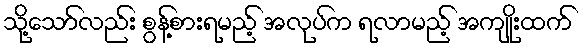
သို့သော်လည်း စွန့်စားရမည့် အလုပ်က ရလာမည့် အကျိုးထက်